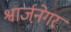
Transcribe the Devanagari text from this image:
श्वार्जने़गर